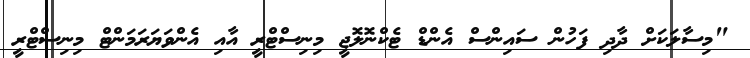
"މިސާލަކަށް ދާދި ފަހުން ސައިންސް އެންޑް ޓެކްނޮލޮޖީ މިނިސްޓްރީ އާއި އެންވަޔަރަމަންޓް މިނިސްޓްރީ